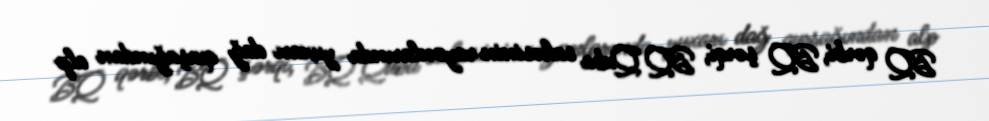
BQ qərbi, BQ şərqi, BQ Quba sahəsinin rayonlarında yuxarı dağ qurşağından alp